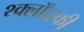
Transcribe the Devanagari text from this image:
श्क्लॉव्स्की